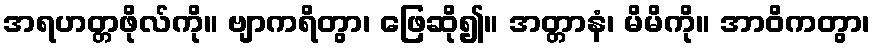
အရဟတ္တဖိုလ်ကို။ ဗျာကရိတွာ၊ ဖြေဆို၍။ အတ္တာနံ၊ မိမိကို။ အာဝိကတွာ၊